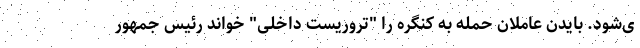
ی‌شود. بایدن عاملان حمله به کنگره را "تروریست داخلی" خواند رئیس جمهور